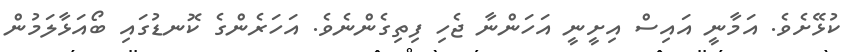
ކުޅޭށެވެ. އަމާނީ އައިސް އިށީނީ އަހަންނާ ޖެހި ފިިތިގެންނެވެ. އަހަރެންގެ ކޮނޑުގައި ބޯއަޅާލަމުން